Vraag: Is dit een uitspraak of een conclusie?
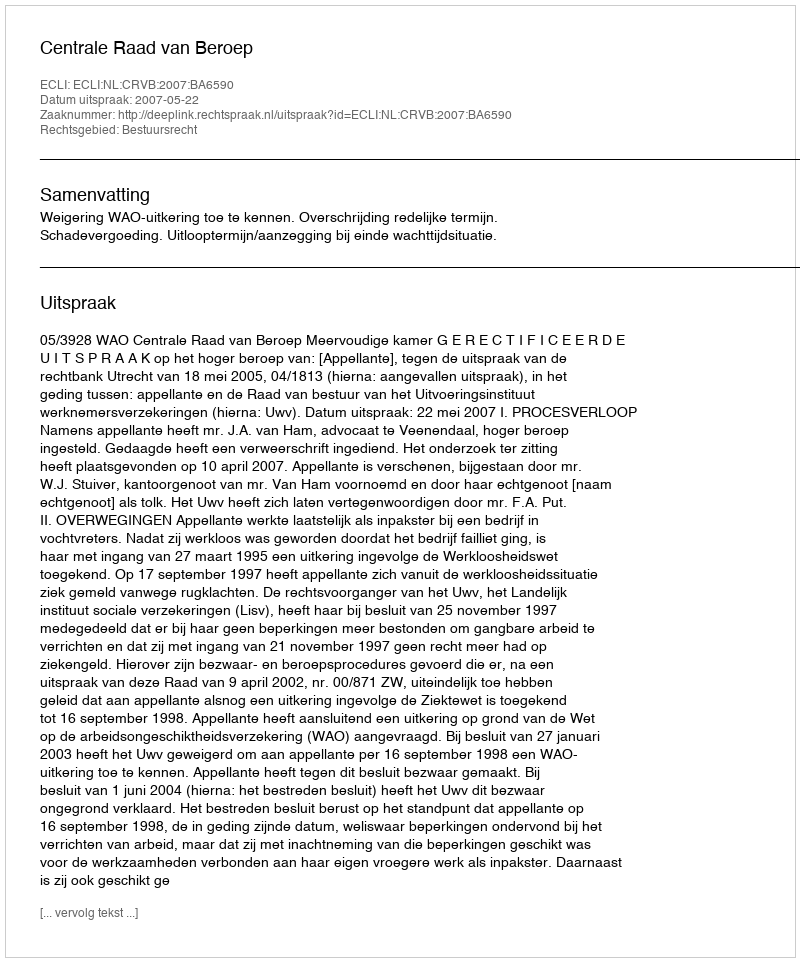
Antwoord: Uitspraak